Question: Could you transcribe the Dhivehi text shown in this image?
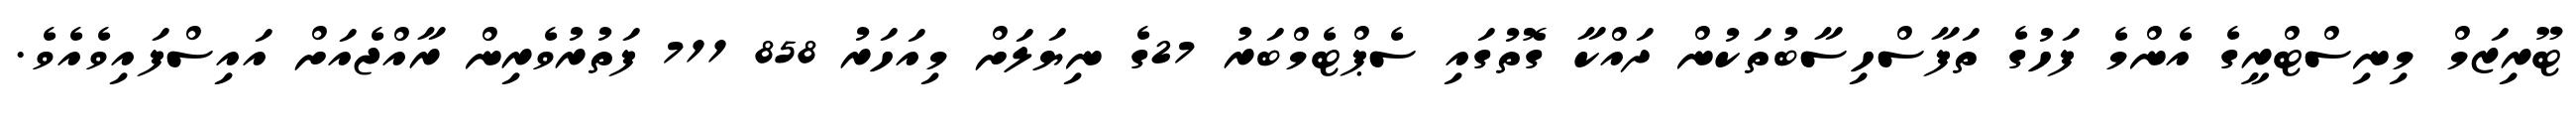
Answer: ޓޫރިޒަމް މިނިސްޓްރީގެ އެންމެ ފަހުގެ ތަފާސްހިސާބުތަކުން ދައްކާ ގޮތުގައި ސެޕްޓެމްބަރު 27ގެ ނިޔަލަށް މިއަހަރު 858 711 ފަތުރުވެރިން ރާއްޖެއަށް އައިސްފައިވެއެވެ.